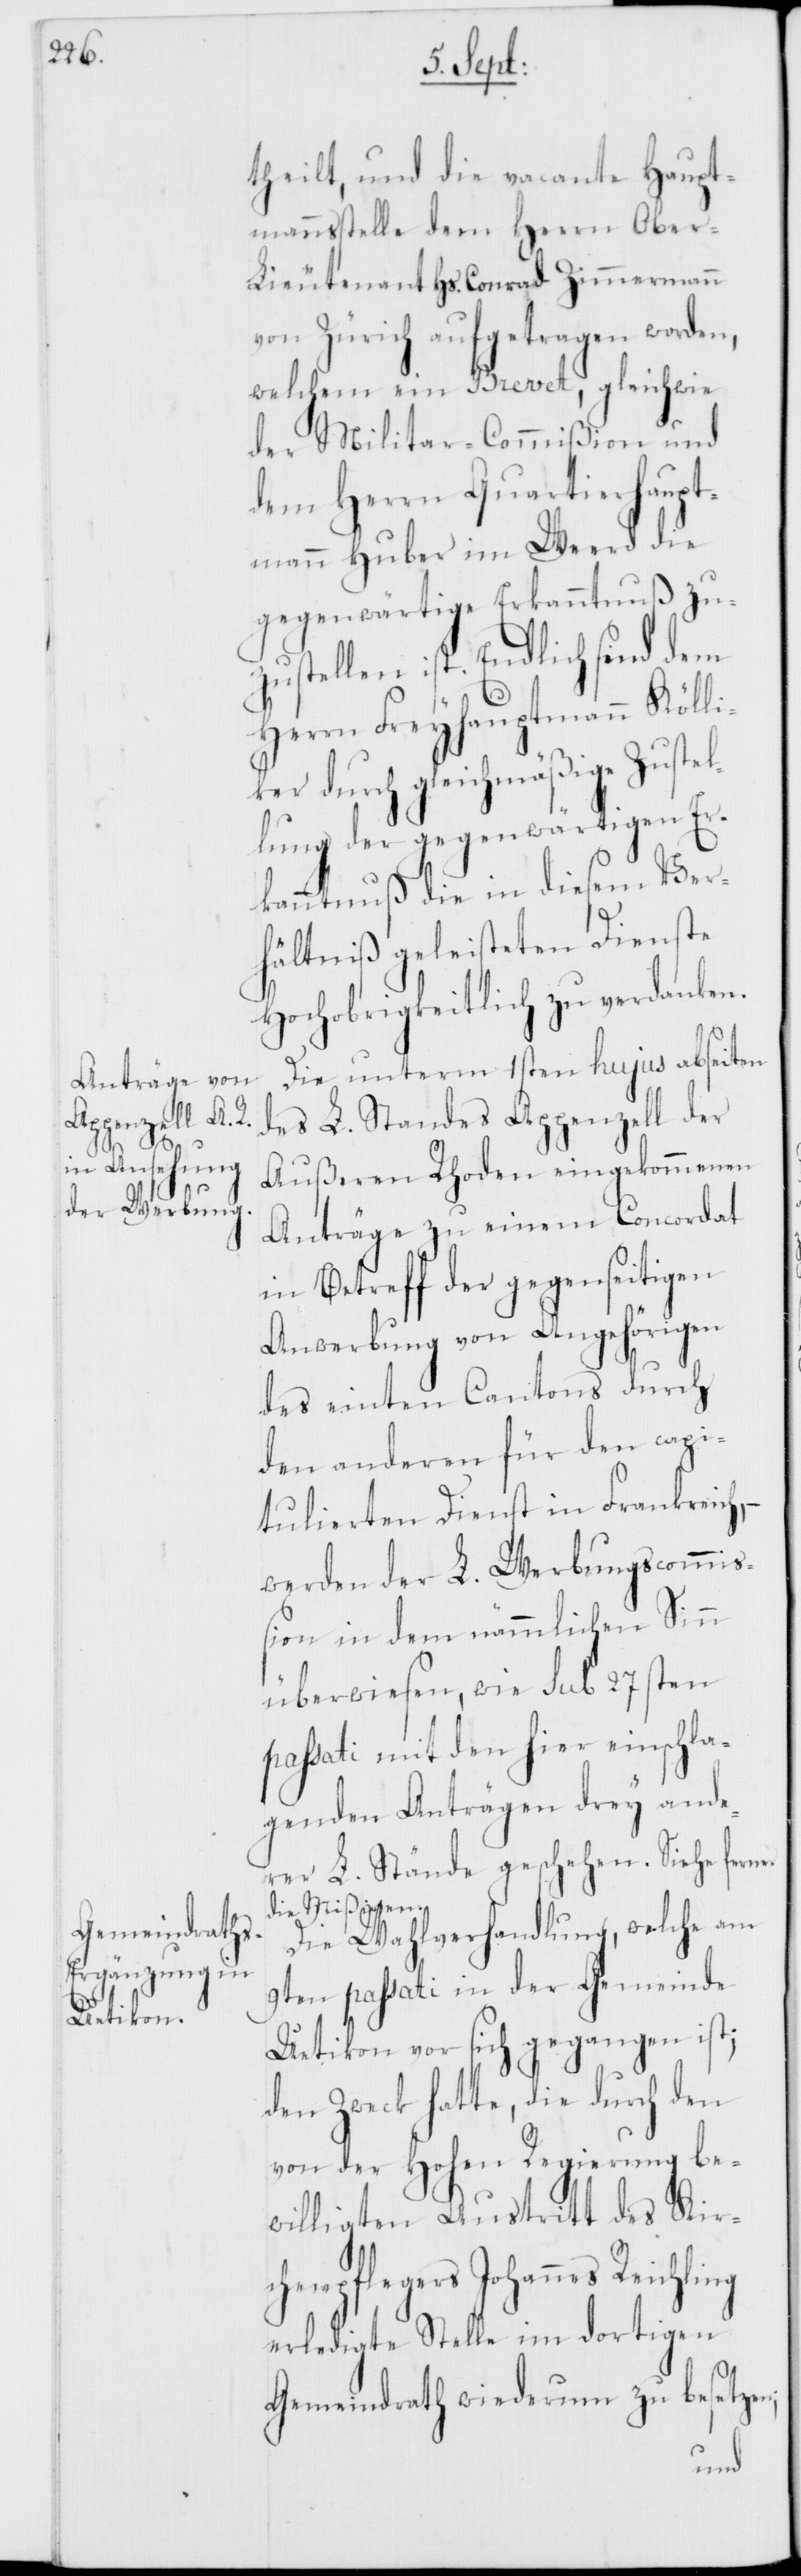
theilt, und die vacante Haupt¬
mannsstelle dem Herrn Ober-L¬
ieutenant Hs. Conrad Zimmermann
von Zürich aufgetragen worden,
welchem ein Brevet, gleichwie
der Militar-Commißion und
dem Herrn Quartierhaupt¬
mann Huber im Weerd die
gegenwärtige Erkanntnuß zu¬
zustellen ist. Endlich sind dem
Herrn Freyhauptmann Kölli¬
ker durch gleichmäßige Zustel¬
lung der gegenwärtigen Er¬
kanntnuß die in diesem Ver¬
hältniß geleisteten Dienste
Hochobrigkeitlich zu verdanken.
Die unterm 1sten hujus ab Seiten
des L. Standes Appenzell der
Außeren Rhoden eingekommenen
Anträge zu einem Concordat
in Betreff der gegenseitigen
Anwerbung von Angehörigen
des einten Cantons durch
den anderen für den capi¬
tulierten Dienst in Frankreich,
werden der L. Werbungscommi¬
ßion in dem nämmlichen Sinn
überwiesen, wie sub 27sten
passati mit den hier einschla¬
genden Anträgen drey ande¬
rer L. Stände geschehen. Siehe fer¬
die Mißiven.
Die Wahlverhandlung, welche am
9ten passati in der Gemeinde
Uetikon vor sich gegangen ist;
den Zweck hatte, die durch den
von der Hohen Regierung be¬
willigten Austritt des Kirc¬
henpflegers Johannes Reichl¬
erledigte Stelle im dortigen
Gemeindrath wiederum zu besetzen;
ing